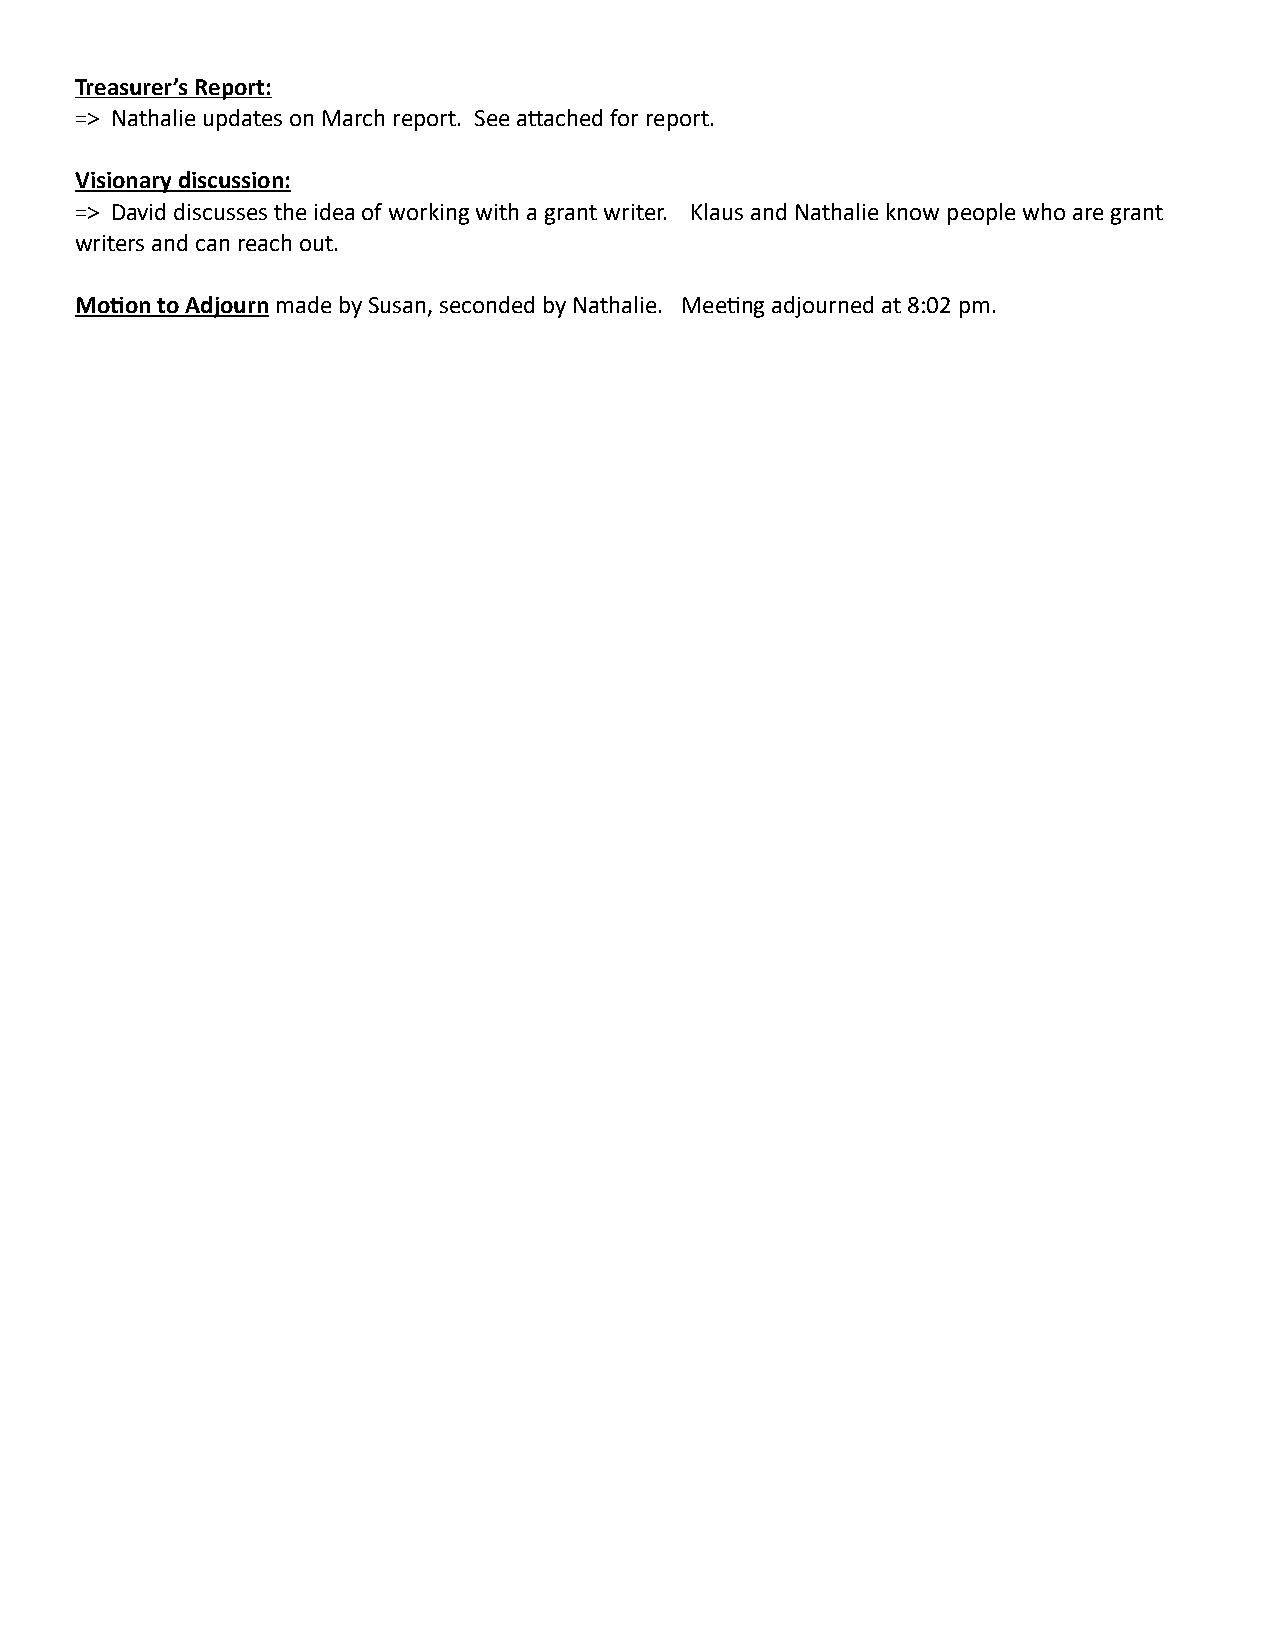
Treasurer’s Report:
 => Nathalie updates on March report. See aUached for report.
 Visionary discussion:
 => David discusses the idea of working with a grant writer. Klaus and Nathalie know people who are grant
 writers and can reach out.
 Mo4on to Adjourn made by Susan, seconded by Nathalie. MeeKng adjourned at 8:02 pm.